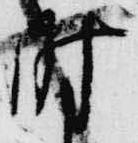
時